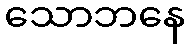
သောဘနေ